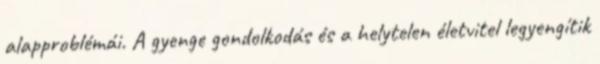
alapproblémái. A gyenge gondolkodás és a helytelen életvitel legyengítik